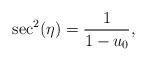
LaTeX: \begin{align*}\sec^2(\eta) = \frac{1}{1-u_0}, \end{align*}